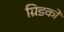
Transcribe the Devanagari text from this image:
ग्रिडको